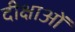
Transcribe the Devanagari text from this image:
दीक्षाओं